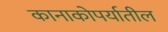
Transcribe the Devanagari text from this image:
कानाकोपर्यातील